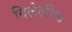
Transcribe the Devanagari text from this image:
दिलेलीच